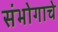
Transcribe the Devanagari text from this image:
संभोगाचे